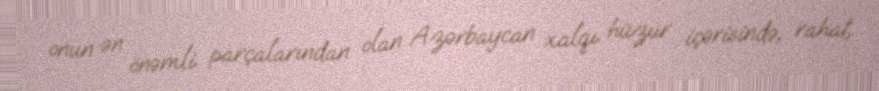
onun ən önəmli parçalarından olan Azərbaycan xalqı hüzur içərisində, rahat,